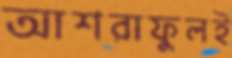
আশরাফুলই